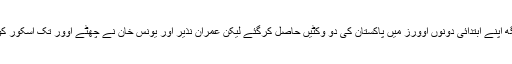
گو کہ رودرا پرتاپ سنگھ اپنے ابتدائی دونوں اوورز میں پاکستان کی دو وکٹیں حاصل کرگئے لیکن عمران نذیر اور یونس خان نے چھٹے اوور تک اسکور کو 53 رنز تک پہنچا دیا۔